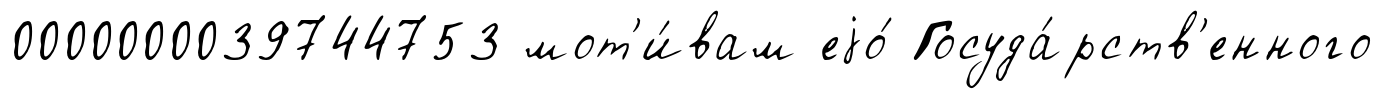
0000000039744753 мот'и́вам еjо́ Госуда́рств'енного